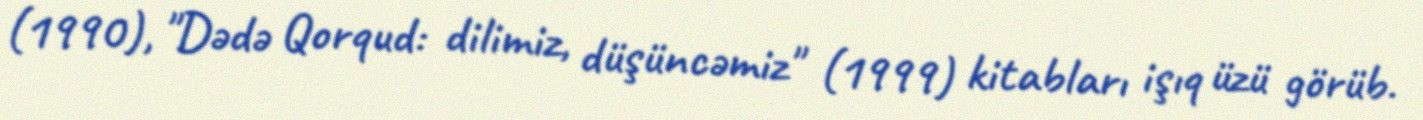
(1990), "Dədə Qorqud: dilimiz, düşüncəmiz" (1999) kitabları işıq üzü görüb.